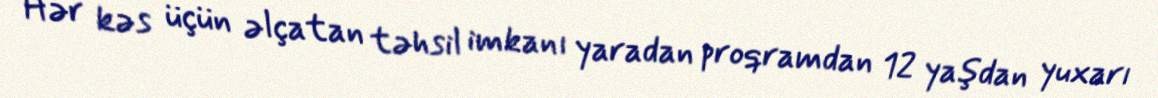
Hər kəs üçün əlçatan təhsil imkanı yaradan proqramdan 12 yaşdan yuxarı